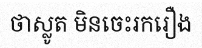
ថាស្លូត មិនចេះរករឿង